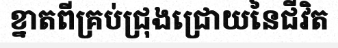
ខ្នាតពីគ្រប់ជ្រុងជ្រោយនៃជីវិត